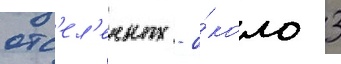
отс'ел'енных - о́коло 3